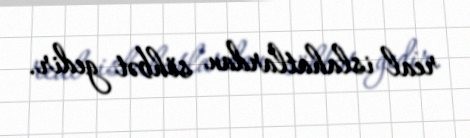
real islahatlardan söhbət gedir.